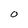
Character: O